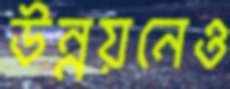
উন্নয়নেও